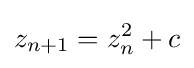
{\displaystyle z_{n+1}=z_{n}^{2}+c}